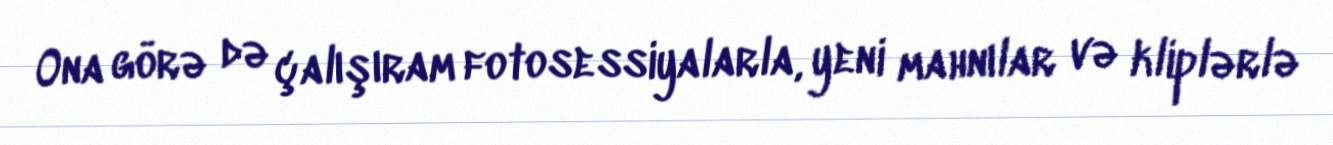
Ona görə də çalışıram fotosessiyalarla, yeni mahnılar və kliplərlə